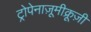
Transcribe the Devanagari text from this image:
ट्रोपेनाज़ूमीक्रूज़ी